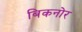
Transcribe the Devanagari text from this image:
बिकनोर